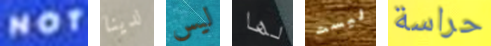
NOT لدينا ليس لها ليست حراسة